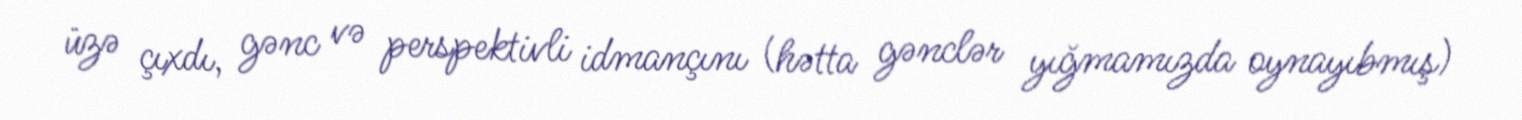
üzə çıxdı, gənc və perspektivli idmançını (hətta gənclər yığmamızda oynayıbmış)